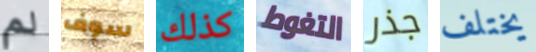
لم سوف كذلك التغوط جذر يختلف